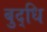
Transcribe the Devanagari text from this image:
बुद्‌धि